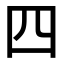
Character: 四